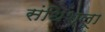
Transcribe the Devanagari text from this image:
संधिश्लूा